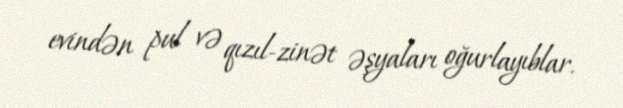
evindən pul və qızıl-zinət əşyaları oğurlayıblar.